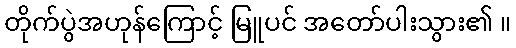
တိုက်ပွဲအဟုန်ကြောင့် မြူပင် အတော်ပါးသွား၏ ။